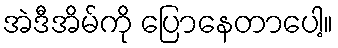
အဲဒီအိမ်ကို ပြောနေတာပေါ့။